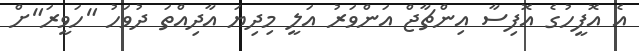
އެ އޮފީހުގެ އޮފިސާ އިންޗާޖް އަންވަރު އަލީ މިދިޔަ އާދިއްތަ ދުވަހު "ހަވީރަ"ށް